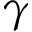
\gamma